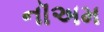
નૉઅમ